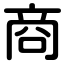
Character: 商